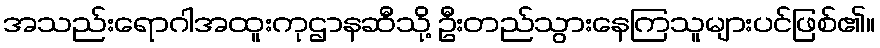
အသည်းရောဂါအထူးကုဌာနဆီသို့ ဦးတည်သွားနေကြသူများပင်ဖြစ်၏။